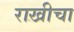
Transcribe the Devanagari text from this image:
राखीचा